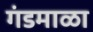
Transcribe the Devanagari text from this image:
गंडमाळा